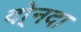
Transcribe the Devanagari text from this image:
दो्नदा